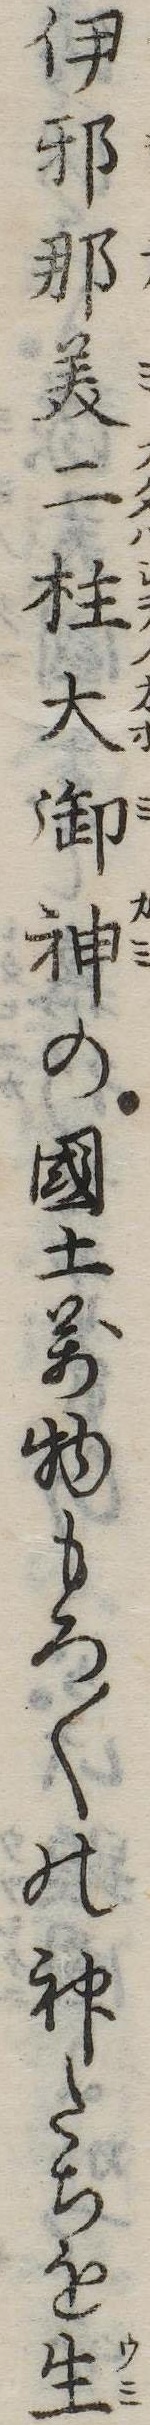
伊邪那美二柱大御神の国土万物もろ〱の神たちを生